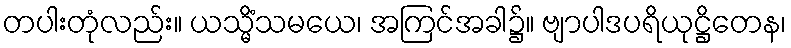
တပါးတုံလည်း။ ယသ္မိံသမယေ၊ အကြင်အခါ၌။ ဗျာပါဒပရိယုဋ္ဌိတေန၊